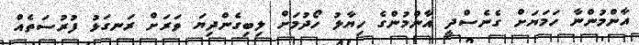
އާންމުންނާ ހަމަޔަށް ގެނެސްދީ އާންމުންގެ ހިޔާލު ހޯދުމަށް ލިބިގެންދިޔަ ވަރަށް ރަނގަޅު ފުރުސަތެއް